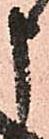
申